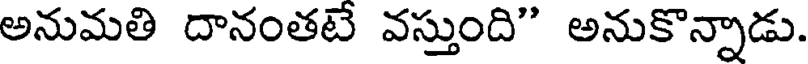
అనుమతి దానంతటే వస్తుంది" అనుకొన్నాడు.